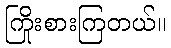
ကြိုးစားကြတယ်။